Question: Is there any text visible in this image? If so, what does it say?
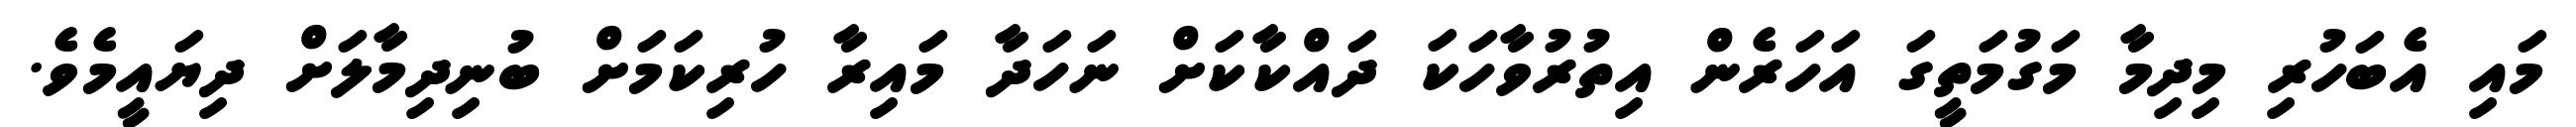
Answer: މައި އެބަހުރި މިދިމާ މަގުމަތީގަ އަހަރެން އިތުރުވާހަކަ ދައްކާކަށް ނަހަދާ މައިރާ ހުރިކަމަށް ބުނިދިމާލަށް ދިޔައީމެވެ.